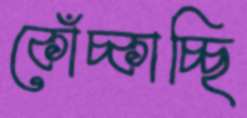
কোঁচ্‌কাচ্ছি